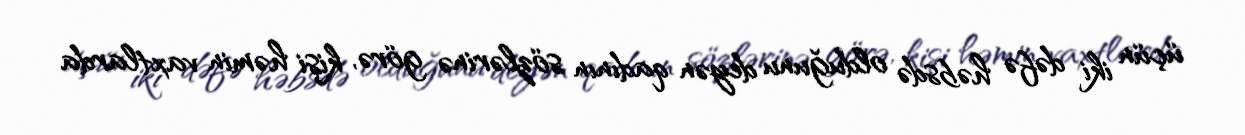
üçün iki dəfə həbsdə olduğunu deyən qadının sözlərinə görə, kişi həmin vaxtlarda